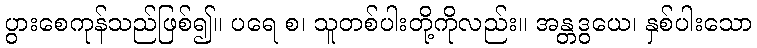
ပွားစေကုန်သည်ဖြစ်၍။ ပရေ စ၊ သူတစ်ပါးတို့ကိုလည်း။ အန္တဒွယေ၊ နှစ်ပါးသော